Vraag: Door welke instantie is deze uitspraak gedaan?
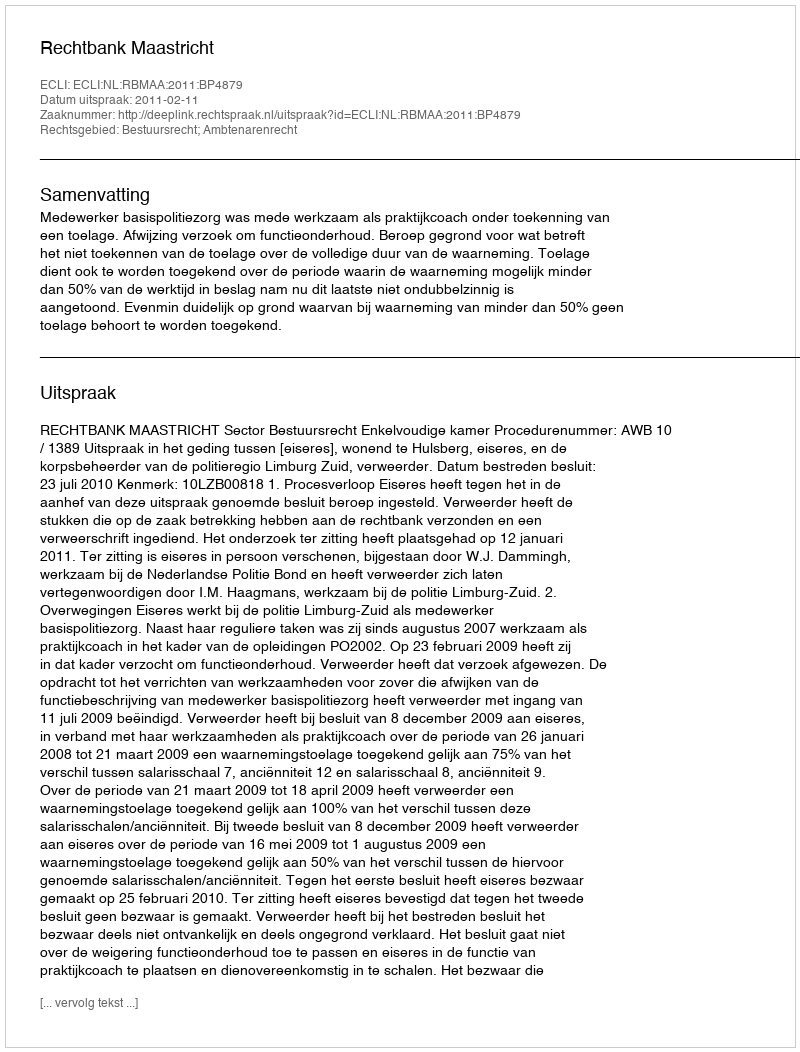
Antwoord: Rechtbank Maastricht